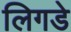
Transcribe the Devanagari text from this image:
लिगडे